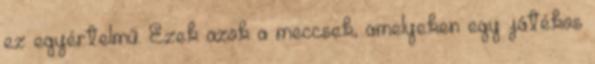
ez egyértelmű. Ezek azok a meccsek, amelyeken egy játékos